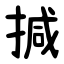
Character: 㨔